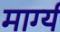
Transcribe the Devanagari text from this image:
मार्ग्य